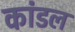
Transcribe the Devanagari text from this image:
कांडल